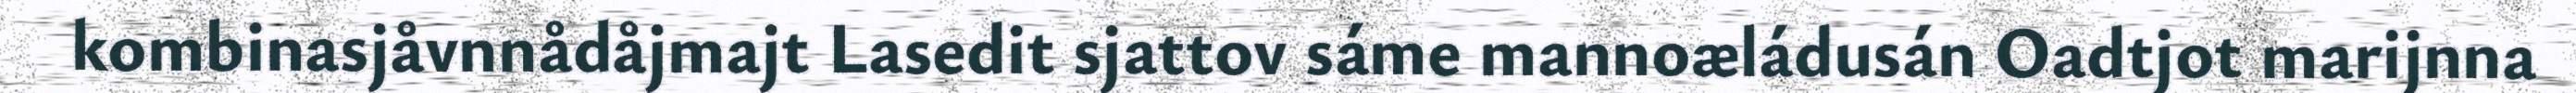
kombinasjåvnnådåjmajt Lasedit sjattov sáme mannoæládusán Oadtjot marijnna